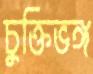
চুক্তিভঙ্গ